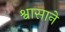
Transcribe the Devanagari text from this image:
श्वासाने